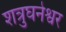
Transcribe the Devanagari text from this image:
शत्रुघनेश्वर